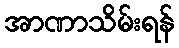
အာဏာသိမ်းရန်